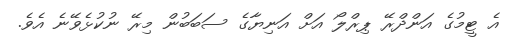
އެ ޓީމުގެ އަންދްރޭ ޕިރްލޯ އަށް އަނިޔާގެ ސަބަބުން މިރޭ ނުކުޅެވޭނެ އެވެ.